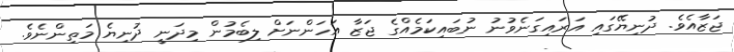
ޖަޒާއެވެ. ދުނިޔޭގައި އަރައިގަނެވުނު ނުބައިކަމެއްގެ ޖަޒާ އަހަންނަށް ލިބެމުން މިދަނީ ދުނިޔެ މަތިންނެވެ.